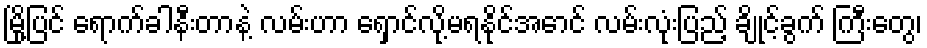
မြို့ပြင် ရောက်ခါနီးတာနဲ့ လမ်းဟာ ရှောင်လို့မရနိုင်အောင် လမ်းလုံးပြည့် ချိုင့်ခွက် ကြီးတွေ၊